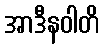
အာဒီနဝါတိ